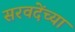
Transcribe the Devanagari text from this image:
सरवदेंच्या